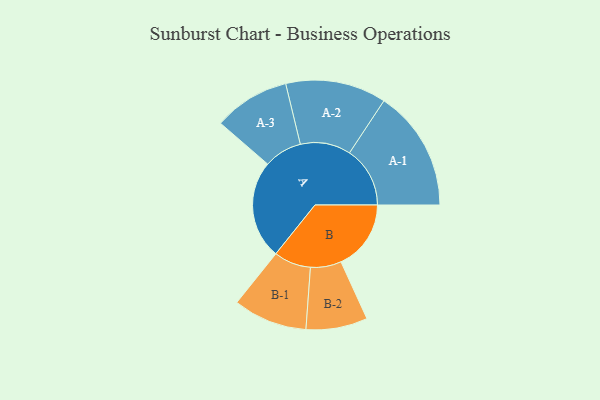
{"axis": {"x": "Segment", "y": "Value"}, "legend": ["", "A", "B"], "data": [{"x": "A", "y": 487, "type": ""}, {"x": "B", "y": 346, "type": ""}, {"x": "A-1", "y": 299, "type": "A"}, {"x": "A-2", "y": 249, "type": "A"}, {"x": "A-3", "y": 188, "type": "A"}, {"x": "B-1", "y": 183, "type": "B"}, {"x": "B-2", "y": 152, "type": "B"}]}